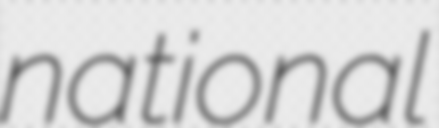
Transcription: national